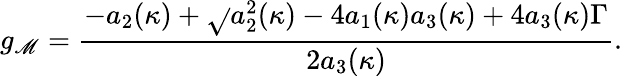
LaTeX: g_{\mathscr{M}}=\frac{{-a_{2}(\kappa)+\sqrt{}{{a_{2}^{2}(\kappa)-4a_{1}(\kappa)a_{3}(\kappa)+4a_{3}(\kappa)\Gamma}}}}{{2a_{3}(\kappa)}}.